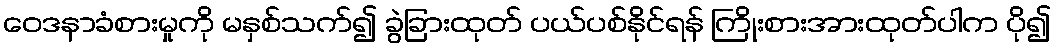
ဝေဒနာခံစားမှုကို မနှစ်သက်၍ ခွဲခြားထုတ် ပယ်ပစ်နိုင်ရန် ကြိုးစားအားထုတ်ပါက ပို၍